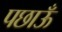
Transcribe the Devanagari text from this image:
पछाऊँ